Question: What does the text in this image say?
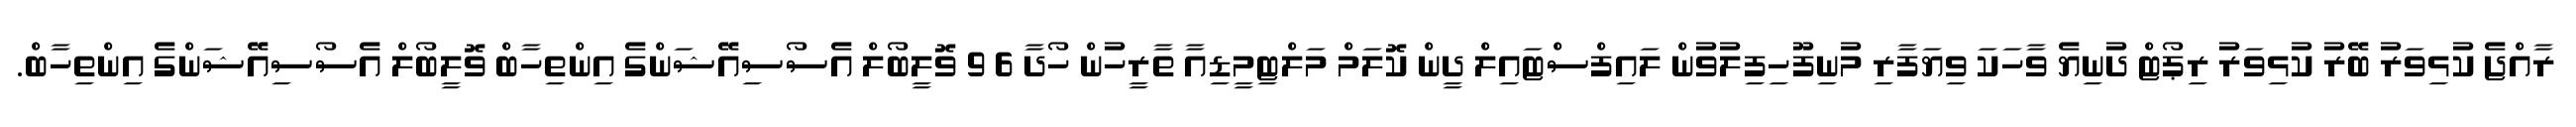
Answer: ރާއްޖެ ކުޅިވަރު ބޭރު ކުޅިވަރު ރިޕޯޓް ދުނިޔެ ވާހަކަ ވިޔަފާރި މުނިފޫހިފިލުވުން ލައިފްސްޓައިލް ދީން ކޮލަމް މަލްޓިމީޑިއާ ތާރީހުން ހޯދާ 6 9 ވޮލީބޯލް އެސޯސިއޭޝަންގެ އިންތިހާބް ވޮލީބޯލް އެސޯސިއޭޝަންގެ އިންތިހާބް.